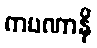
ကပဏာနိ